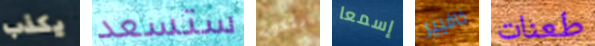
يكذب ستسعد يتكون إسمعا خافيير طعنات